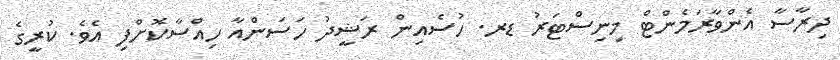
ދިރާސާ އެންވާރަމެންޓް މިނިސްޓަރު ޑރ. ހުސެއިން ރަޝީދު ހަސަންއާ ހިއްސާކޮށްފި އެވެ. ކުރީގެ